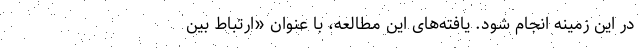
در این زمینه انجام شود. یافته‌های این مطالعه، با عنوان «ارتباط بین